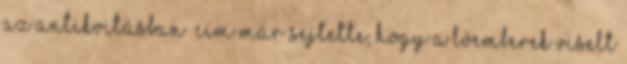
az antikvitásban” cím már sejtette, hogy a lóemberek viselt